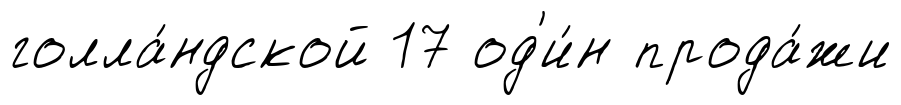
голла́ндской 17 од'и́н прода́жи